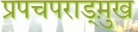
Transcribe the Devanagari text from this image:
प्रपचपराड्म़ुख